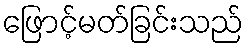
ဖြောင့်မတ်ခြင်းသည်